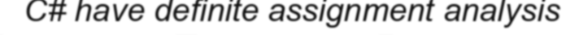
C# have definite assignment analysis